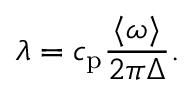
\lambda = c _ { \mathrm { p } } \frac { \langle \omega \rangle } { 2 \pi \Delta } .